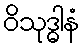
ဝိသုဒ္ဓါနံ